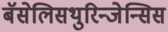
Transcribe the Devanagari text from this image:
बॅसेलिसथुरिन्जेन्सिस